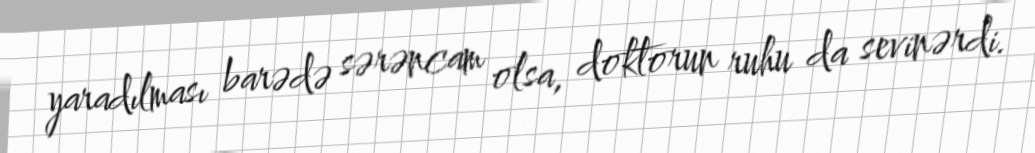
yaradılması barədə sərəncam olsa, doktorun ruhu da sevinərdi.